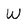
Character: w